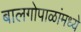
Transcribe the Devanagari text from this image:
बालगोपाळांमध्ये